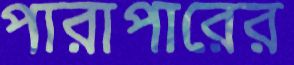
পারাপারের